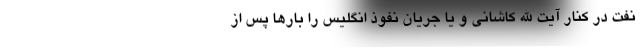
نفت در کنار آیت الله کاشانی و یا جریان نفوذ انگلیس را بارها پس از